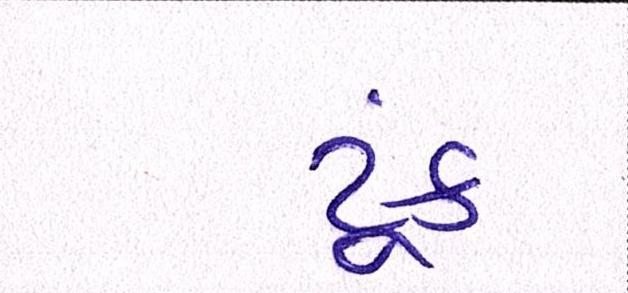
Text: ટૂંક